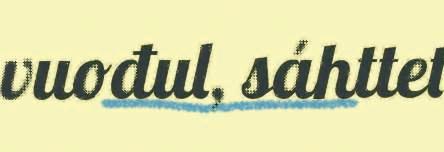
vuođul, sáhttet